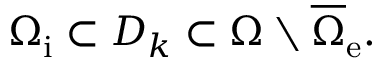
\Omega _ { \mathrm { i } } \subset D _ { k } \subset \Omega \setminus \overline { { \Omega } } _ { \mathrm { e } } .